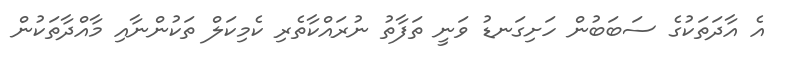
އެ އާދަތަކުގެ ސަބަބުން ހަށިގަނޑު ވަނީ ތަފާތު ނުރައްކާތެރި ކެމިކަލް ތަކުންނާއި މާއްދާތަކުން